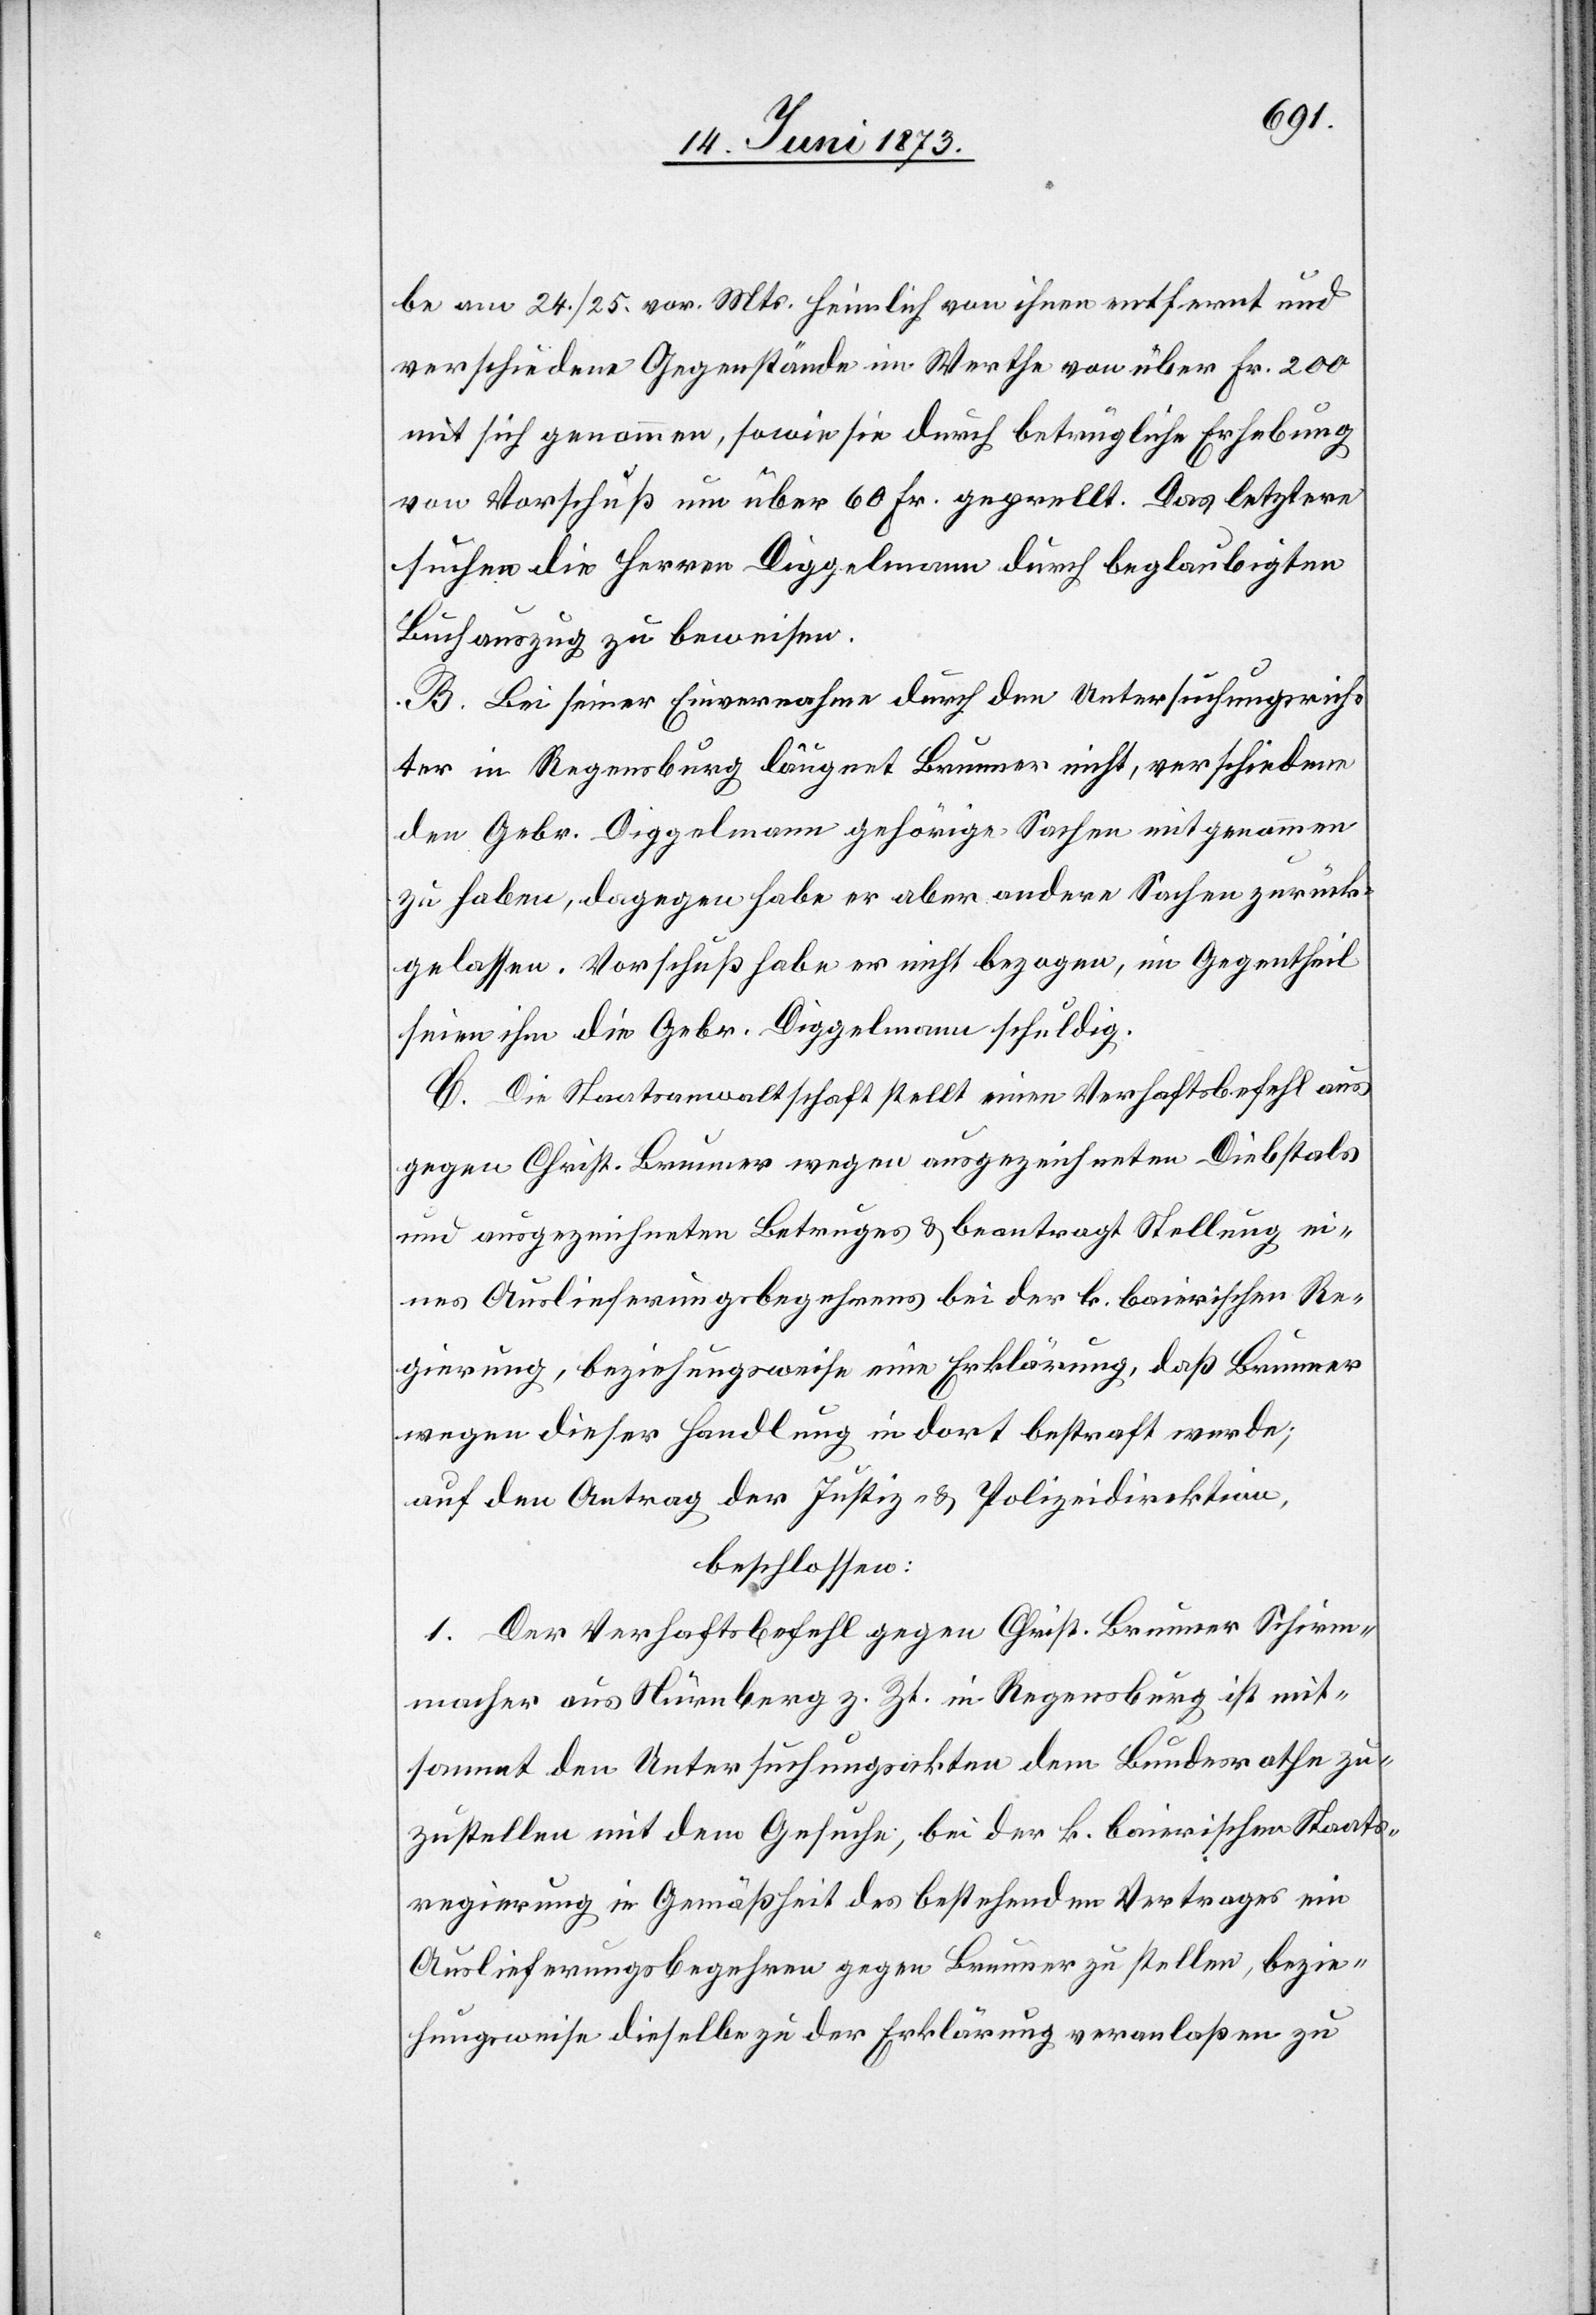
be am 24./25. vor. Mts. heimlich von ihnen entfernt und
verschiedene Gegenstände im Werthe von über Fr. 200
mit sich genommen, sowie sie durch betrügliche Erhebung
von Vorschuß um über 60 Fr. geprellt. Das letztere
suchen die Herren Diggelmann durch beglaubigten
Buchauszug zu beweisen.
B. Bei seiner Einvernahme durch den Untersuchungsrich¬
ter in Regensburg läugnet Brunner nicht, verschiedene
den Gebr. Diggelmann gehörige Sachen mitgenommen
zu haben, dagegen habe er aber andere Sachen zurück¬
gelassen. Vorschuß habe er nicht bezogen, im Gegentheil
seien ihm die Gebr. Diggelmann schuldig.
C. Die Staatsanwaltschaft stellt einen Verhaftsbefehl aus
gegen Christ. Brunner wegen ausgezeichneten Diebstals
und ausgezeichneten Betruges & beantragt Stellung ei¬
nes Auslieferungsbegehrens bei der k. baierischen Re¬
gierung, beziehungsweise eine Erklärung, daß Brunner
wegen dieser Handlung in dort bestraft werde;
auf den Antrag der Justiz- & Polizeidirektion,
beschlossen:
1. Der Verhaftsbefehl gegen Christ. Brunner Schirm¬
macher aus Nürnberg z. Zt. in Regensburg ist mit¬
sammt den Untersuchungsakten dem Bundesrathe zu¬
zustellen mit dem Gesuche, bei der k. baierischen Staats¬
regierung in Gemäßheit des bestehenden Vertrages ein
Auslieferungsbegehren gegen Brunner zu stellen, bezie¬
hungsweise dieselbe zu der Erklärung veranlaßen zu